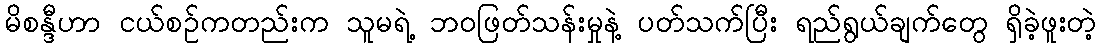
မိစန္ဒီဟာ ငယ်စဉ်ကတည်းက သူမရဲ့ ဘဝဖြတ်သန်းမှုနဲ့ ပတ်သက်ပြီး ရည်ရွယ်ချက်တွေ ရှိခဲ့ဖူးတဲ့